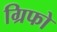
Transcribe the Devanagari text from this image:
ग्रिफो